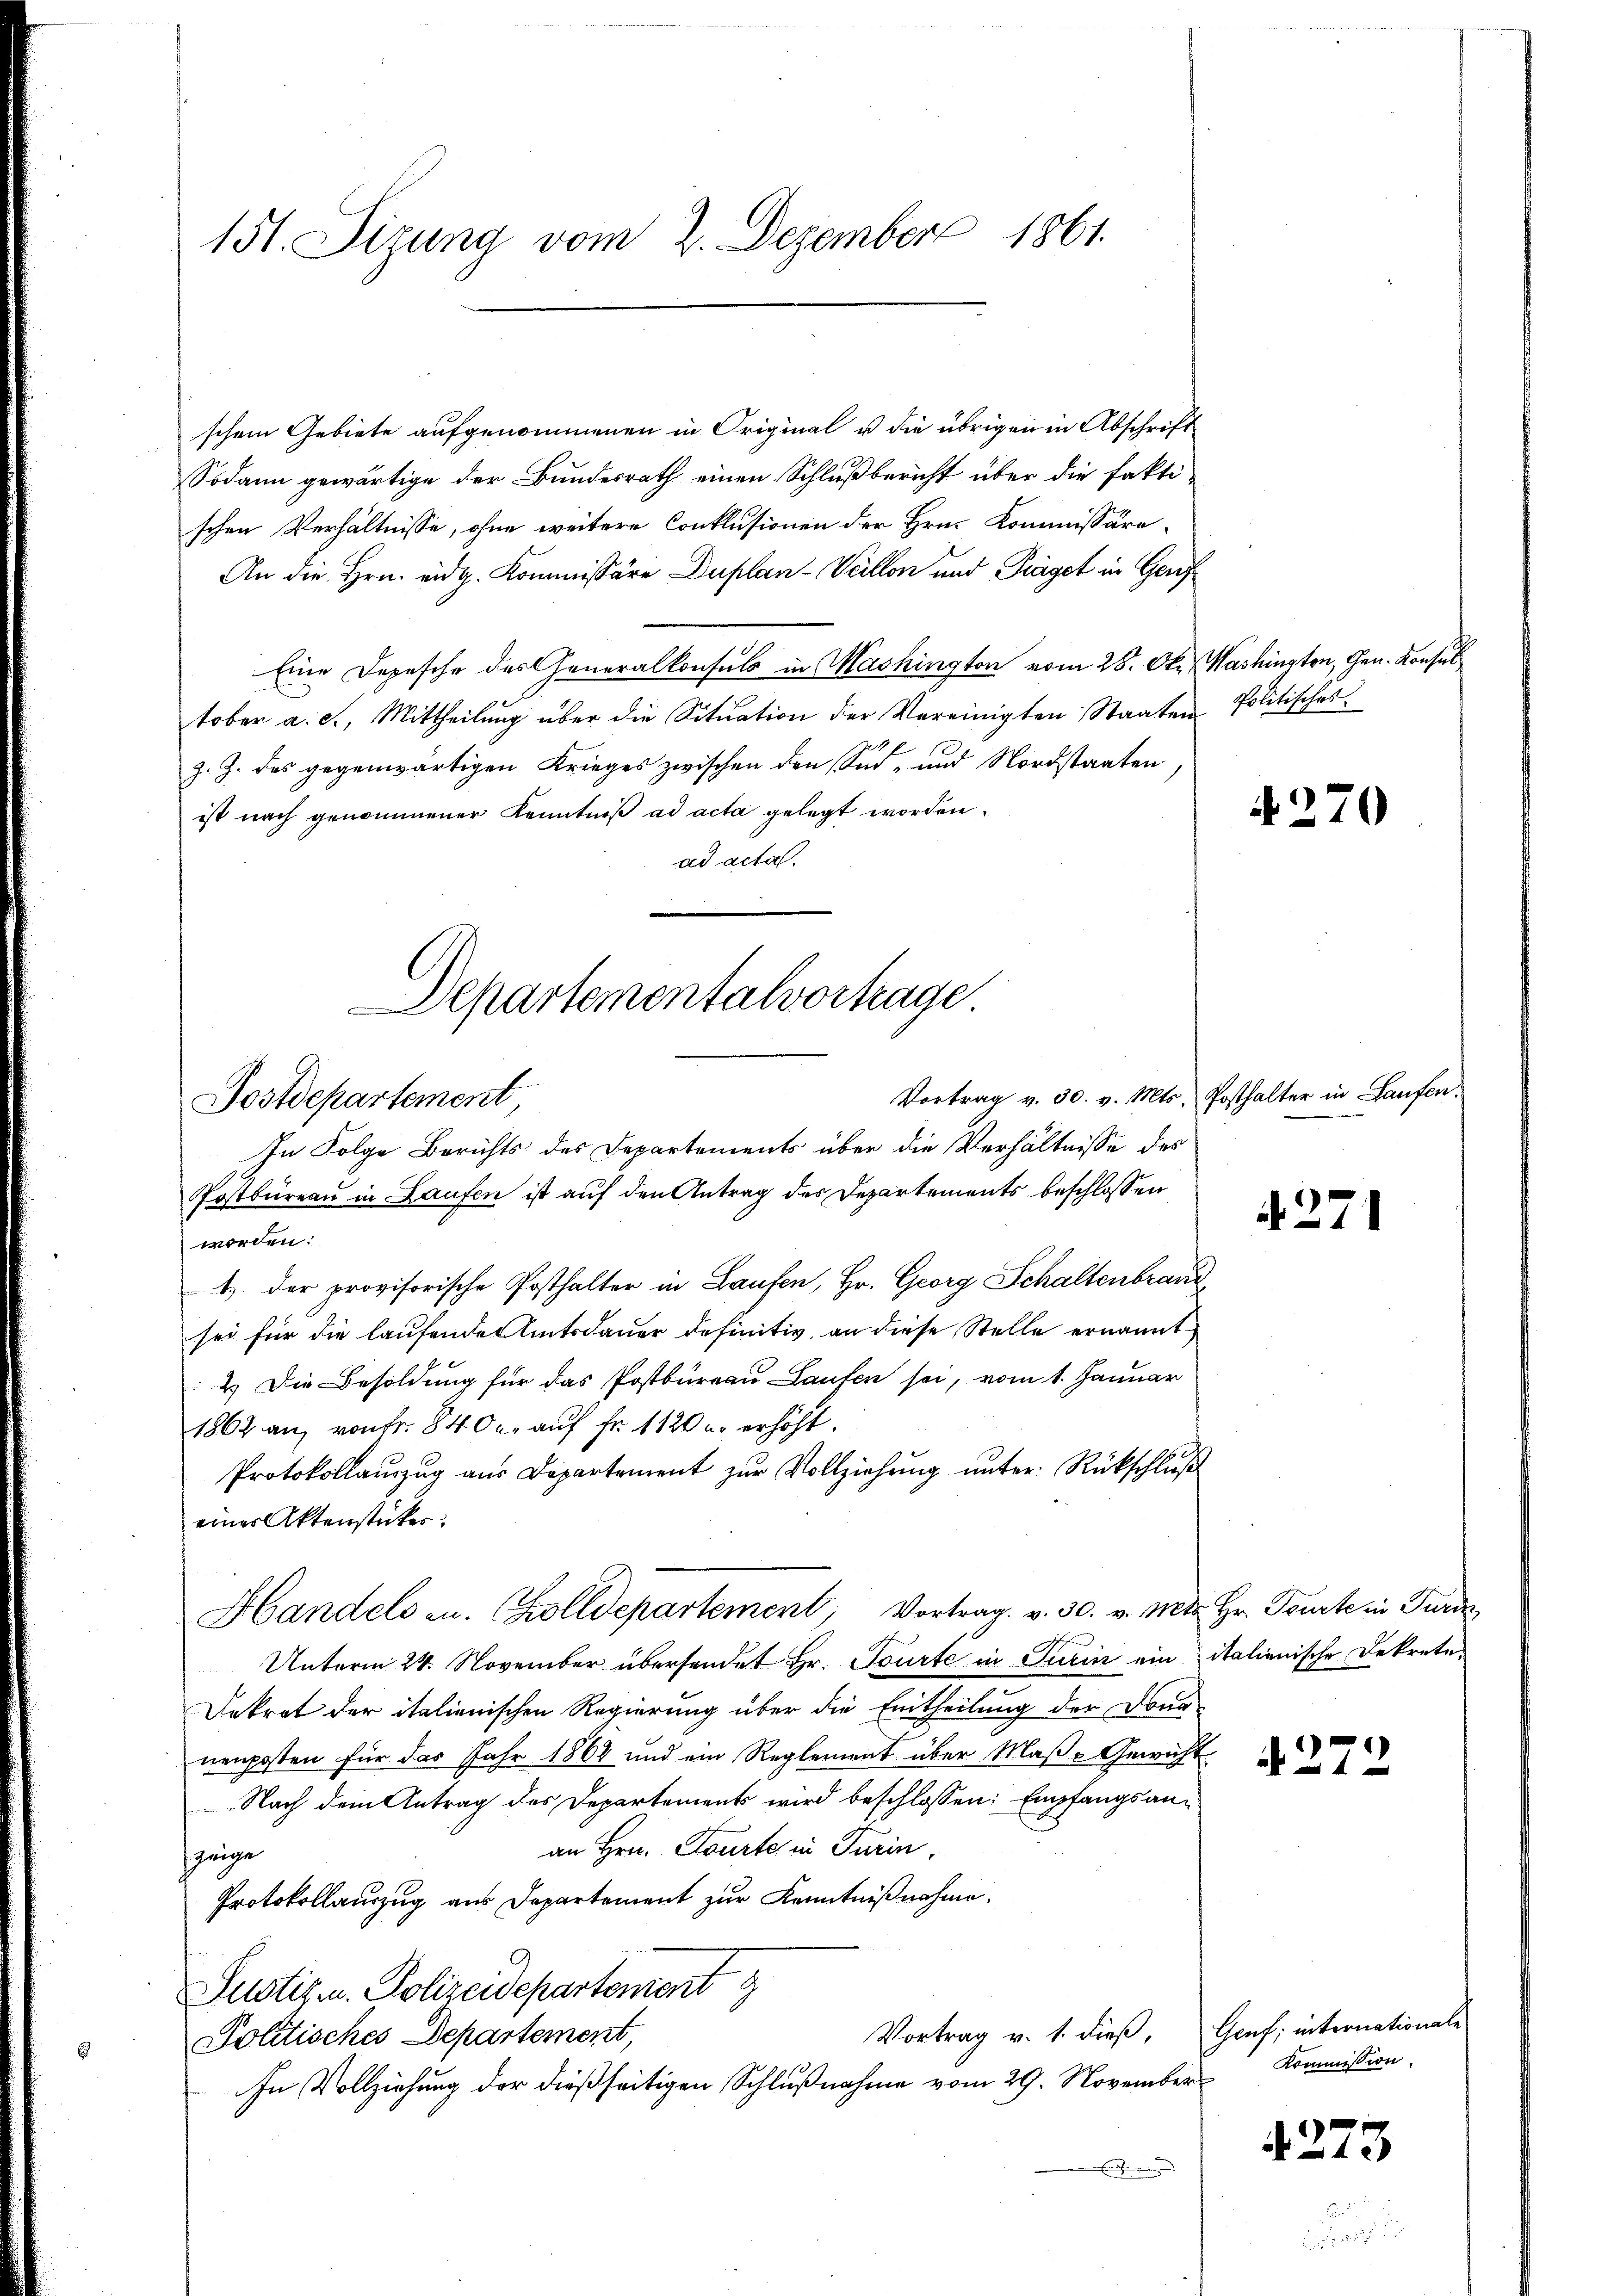
151. Sizung vom 2. Dezember 1861.

schem Gebiete aufgenommenen in Original u die übrigen in Abschrift
Sodann gewärtige der Bundesrath einen Schlußbericht über die fakti-
schen Verhältnisse, ohne weitere Conklusionen der Hrn. Kommissära-
An die Hrn. eidg. Kommissäre Duplan- Veillon und Träget in Genf
Eine Depesche des Generalkonsuls in Mashington vom 28. Okt. Washington, Gen. Konsul
tober a. c., Mittheilung über die Situation der Vereinigten Staaten Politisches
z. Z. des gegenwärtigen Krieges zwischen den Sid- und Nordstaaten
ist nach genommener Kenntniß ad acta gelegt worden.
ad acta.
Vortrag v. 30. v. Mts. Posthalter in Laufen.
In Folge Berichts des Departements über die Verhältnisse des
Postbüreau in Laufen ist auf den Antrag des Departements beschlossen
worden:
1.) Der provisorische Posthalter in Laufen, Hr. Georg Schaltenbrauc
sei für die laufende Amtsdauer definitiv, an diese Stelle ernannt
2.) Die Besoldung für das Postbüreau Laufen sei, vom 1. Januar
1862 an, von Fr. 84 der auf Fr. 1120 u. erhöht.
Protokollauszug aus Departement zur Vollziehung unter Rückschluß
eines Aktenstückes.
Handels zu. Zolldepartement, Vortrag. v. 30. v. Mts. Hr. Tourte in Turd
Unterm 24. November übersendet Hr. Tourte in Turin ein italienische Dekrete¬
Dekret der italienischen Regierung über die Eintheilung der Dona
nenposten für das Jahr 1864 und ein Reglement über Maße Gewicht
Nach dem Antrag des Departements wird beschlossen: Empfangsanan Hrn. Courte in Turin,
zeige
Protokollauszug aus Departement zur Kenntnißnahme.
Justiz u. Polizeidepartement
Vortrag v. 1. dieß, Genf; internationale
Politisches Departement,
In Vollziehung der dießseitigen Schlußnahme vom 29. November
E

Departementalvortrage
Postdepartement

4270

A 271

272

Kommission.

4273